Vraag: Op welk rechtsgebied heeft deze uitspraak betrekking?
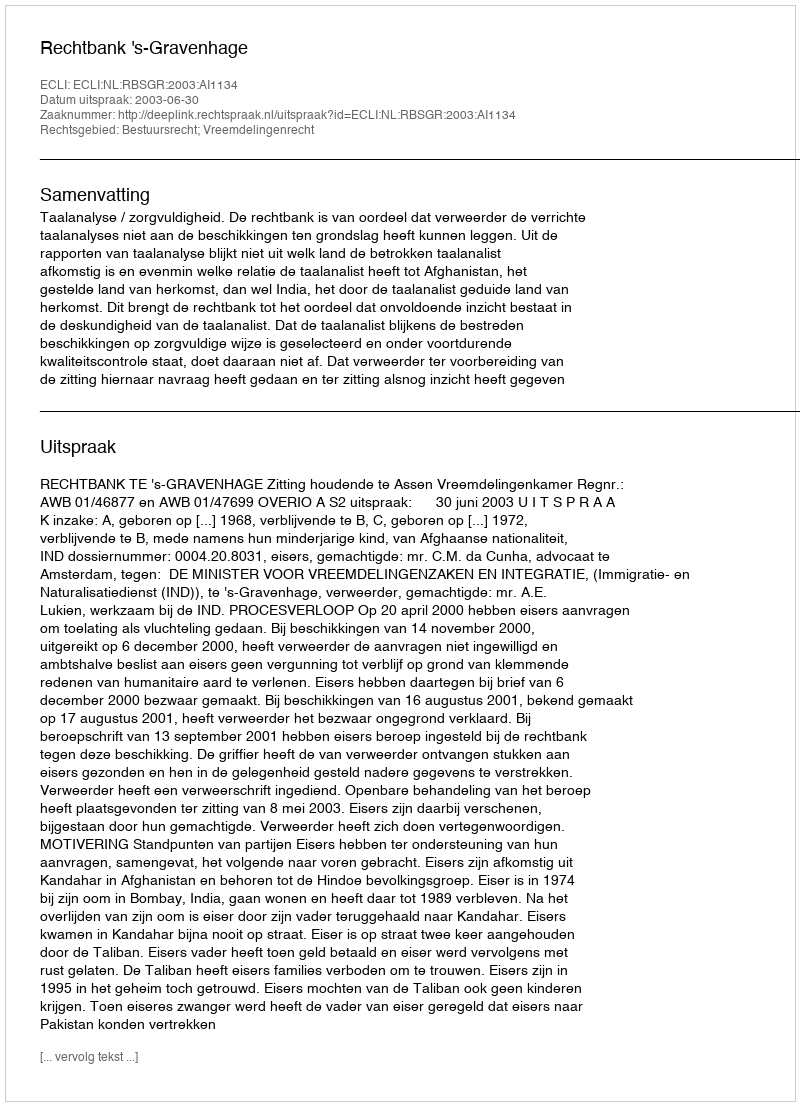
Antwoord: Bestuursrecht; Vreemdelingenrecht